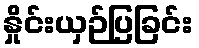
နှိုင်းယှဉ်ပြခြင်း